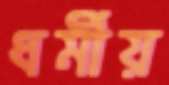
ধর্মীয়